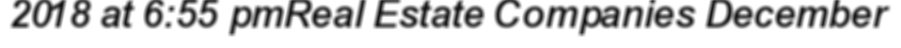
2018 at 6:55 pmReal Estate Companies December